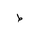
Letter: _da